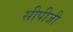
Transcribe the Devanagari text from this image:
सीपीजी